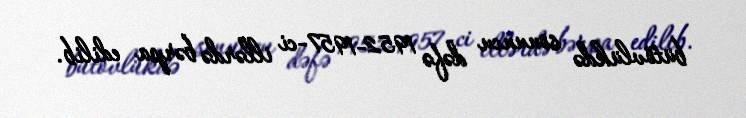
bütövlükdə sonuncu dəfə 1952-1957-ci illərdə bərpa edilib.